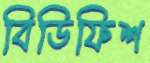
বিডিফিশ